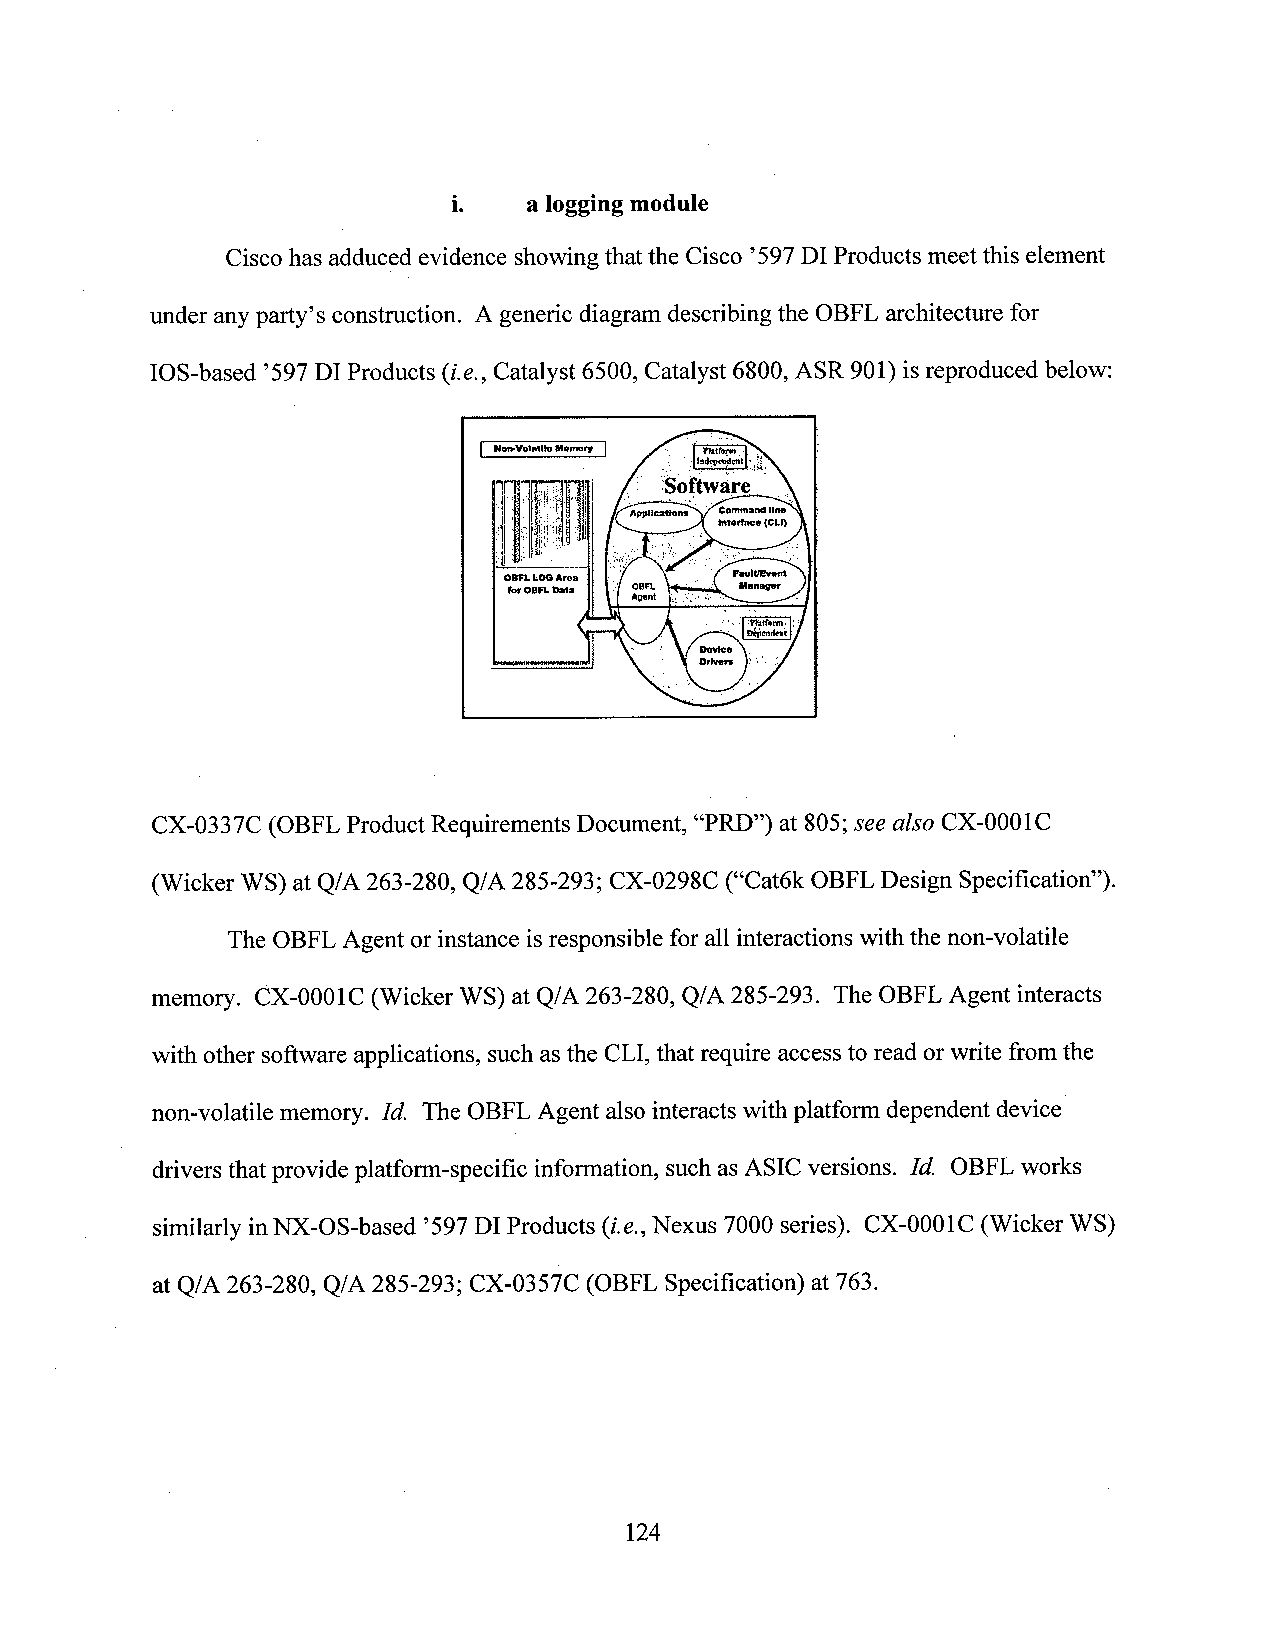
i.   a logging module
 Cisco has adduced evidence showing that the Cisco ’597DI Products meet this element
 under anyparty’s construction. A generic diagram describing the OBFL architecture for
 IOS-based ’597DI Products (i.e., Catalyst 6500, Catalyst 6800, ASR 901) isreproduced below:
 - V_1I-‘
 an-Volafllalltmnry . __ 7
 r ._am? if“; 2"7 '-Software y
 '    ]¢i n;,|h,;,,,,“' ' um“-nu||m
 E fM‘ 1.;1   _ l|\1nfl'ncl(CLl)
 .1 5_.; , X‘.__-15. _ __ .- . _\
 Outnun. hm: OB". '- - Ma-nnnr
 cnrmuoaun » Aqlnl ,. 1'~ i """"'E""‘ .
 “       . .
 ---¢--- ~ '' DDerviicveen f .i
 CX-0337C (OBFL Product Requirements Document, “PRD”) at 805;see also CX-0001C
 (Wicker WS) at Q/A 263-280, Q/A285-293; CX-0298C (“Cat6k OBFL Design Specification”).
 The OBFL Agent or instance isresponsible for all interactions withthe non-volatile
 memory. CX-OOOIC(Wicker WS) at Q/A 263-280, Q/A 285-293. The OBFL Agent interacts
 with other software applications, such as the CLI, that require access to read orwrite from the
 non-volatile memory. Id. The OBFL Agent also interacts with platform dependent device
 driversthat provide platfonn-specific infonnation, such asASIC versions. Id. OBFLworks
 similarly inNX-OS-based ’597Dl Products (i.e.,Nexus 7000 series). CX-0001C (Wicker WS)
 at Q/A 263-280, Q/A 285-293; CX-0357C (OBFL Specification) at 763.
 124
 w
 pmgzz.-=n
 ‘
 5:}